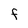
Character: f